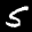
Label: 5